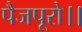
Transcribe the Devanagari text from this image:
पैजपूरो।।